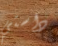
داستي